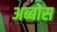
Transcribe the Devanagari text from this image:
अब्बोस